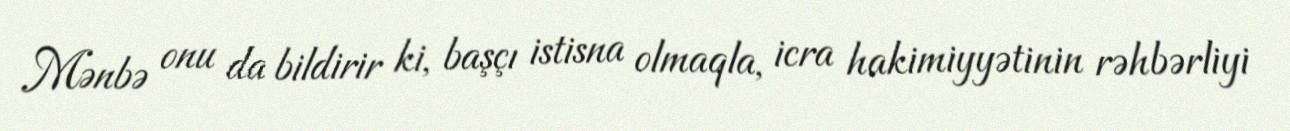
Mənbə onu da bildirir ki, başçı istisna olmaqla, icra hakimiyyətinin rəhbərliyi